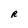
Character: R